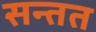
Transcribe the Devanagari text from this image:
सन्तत